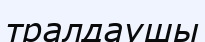
тралдаушы